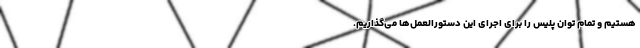
هستیم و تمام توان پلیس را برای اجرای این دستورالعمل‌ها می‌گذاریم.